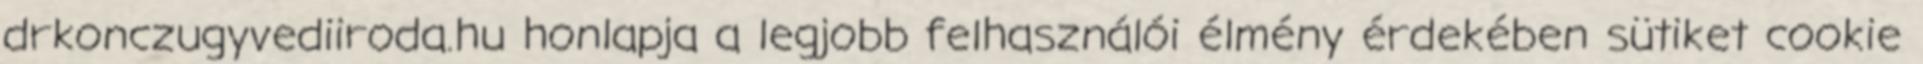
drkonczugyvediiroda.hu honlapja a legjobb felhasználói élmény érdekében sütiket cookie